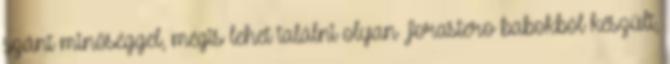
szánt minőséggel, mégis lehet találni olyan Forastero babokból készült,